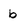
Character: b